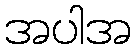
အပါအ